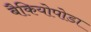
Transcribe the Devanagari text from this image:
बैकियोपोडा